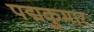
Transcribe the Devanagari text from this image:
पद्मकुमार